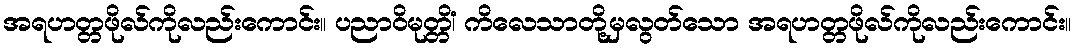
အရဟတ္တဖိုလ်ကိုလည်းကောင်း။ ပညာဝိမုတ္တိံ၊ ကိလေသာတို့မှလွတ်သော အရဟတ္တဖိုလ်ကိုလည်းကောင်း။